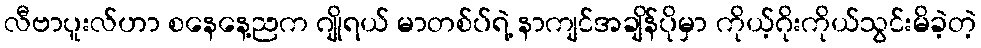
လီဗာပူးလ်ဟာ စနေနေ့ညက ဂျိုရယ် မာတစ်ပ်ရဲ့ နာကျင်အချိန်ပိုမှာ ကိုယ့်ဂိုးကိုယ်သွင်းမိခဲ့တဲ့